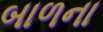
બાળના